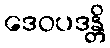
ဒေဝပဒန္တိ